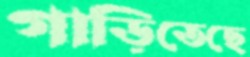
গাড়িতেছে